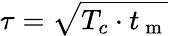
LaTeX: \tau=\sqrt{T_{c}\cdot t_{\mathrm{~m~}}}